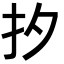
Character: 𪭜